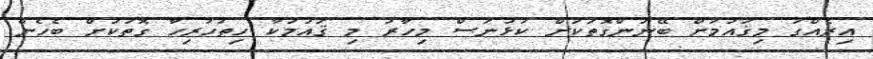
އިރެއްގަ މިޤައުމަށް ބޭނުންގޮތަކަށް ކުޅުނަސް މިހާރު މި ޤައުމަކާ ހިތުހުރިހާ ގޮތަކަށް ބެހެން